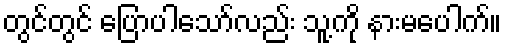
တွင်တွင် ပြောပါသော်လည်း သူ့ကို နားမပေါက်။